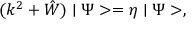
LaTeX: ( k ^ { 2 } + \hat { W } ) \mid \Psi > = \eta \mid \Psi > ,